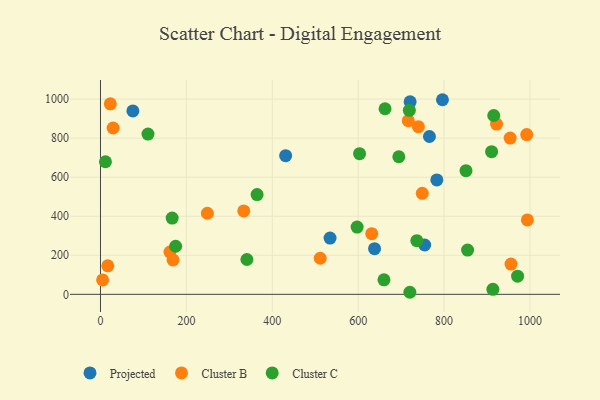
{"axis": {"x": "Study Hours", "y": "Exam Score"}, "legend": ["Cluster B", "Cluster C", "Projected"], "data": [{"x": "431.1", "y": 710.4, "type": "Projected"}, {"x": "783.1", "y": 585.8, "type": "Projected"}, {"x": "754.8", "y": 252.6, "type": "Projected"}, {"x": "720.9", "y": 985.7, "type": "Projected"}, {"x": "638.1", "y": 233.7, "type": "Projected"}, {"x": "796.2", "y": 996.7, "type": "Projected"}, {"x": "534.5", "y": 288.3, "type": "Projected"}, {"x": "75.4", "y": 939.5, "type": "Projected"}, {"x": "765.9", "y": 808.4, "type": "Projected"}, {"x": "5.0", "y": 73.8, "type": "Cluster B"}, {"x": "955.8", "y": 154.8, "type": "Cluster B"}, {"x": "749.2", "y": 517.3, "type": "Cluster B"}, {"x": "992.4", "y": 818.2, "type": "Cluster B"}, {"x": "631.6", "y": 310.7, "type": "Cluster B"}, {"x": "22.9", "y": 975.8, "type": "Cluster B"}, {"x": "17.0", "y": 146.0, "type": "Cluster B"}, {"x": "716.6", "y": 889.2, "type": "Cluster B"}, {"x": "953.8", "y": 800.1, "type": "Cluster B"}, {"x": "161.8", "y": 216.6, "type": "Cluster B"}, {"x": "740.1", "y": 858.8, "type": "Cluster B"}, {"x": "511.6", "y": 184.9, "type": "Cluster B"}, {"x": "993.9", "y": 381.3, "type": "Cluster B"}, {"x": "922.1", "y": 872.1, "type": "Cluster B"}, {"x": "29.4", "y": 851.8, "type": "Cluster B"}, {"x": "168.9", "y": 176.3, "type": "Cluster B"}, {"x": "333.6", "y": 427.1, "type": "Cluster B"}, {"x": "248.9", "y": 415.2, "type": "Cluster B"}, {"x": "720.3", "y": 10.6, "type": "Cluster C"}, {"x": "340.9", "y": 178.5, "type": "Cluster C"}, {"x": "175.0", "y": 246.3, "type": "Cluster C"}, {"x": "662.5", "y": 950.5, "type": "Cluster C"}, {"x": "694.6", "y": 704.7, "type": "Cluster C"}, {"x": "854.7", "y": 226.7, "type": "Cluster C"}, {"x": "660.0", "y": 74.4, "type": "Cluster C"}, {"x": "719.1", "y": 942.3, "type": "Cluster C"}, {"x": "11.6", "y": 679.0, "type": "Cluster C"}, {"x": "603.2", "y": 720.6, "type": "Cluster C"}, {"x": "166.9", "y": 390.6, "type": "Cluster C"}, {"x": "851.0", "y": 633.4, "type": "Cluster C"}, {"x": "971.1", "y": 93.0, "type": "Cluster C"}, {"x": "110.6", "y": 821.0, "type": "Cluster C"}, {"x": "597.5", "y": 344.6, "type": "Cluster C"}, {"x": "736.5", "y": 274.7, "type": "Cluster C"}, {"x": "910.6", "y": 730.6, "type": "Cluster C"}, {"x": "364.6", "y": 511.2, "type": "Cluster C"}, {"x": "915.6", "y": 916.0, "type": "Cluster C"}, {"x": "913.6", "y": 25.6, "type": "Cluster C"}]}